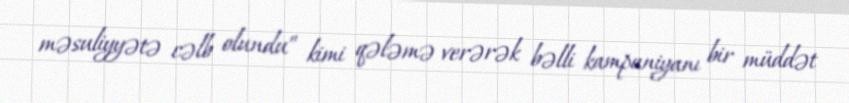
məsuliyyətə cəlb olundu” kimi qələmə verərək bəlli kampaniyanı bir müddət